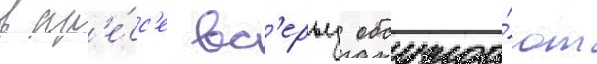
в пр'е́сс'е вс'ерьез обсужда́ют